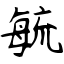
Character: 毓